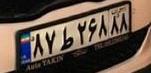
۸۷ط۲۶۸۸۸